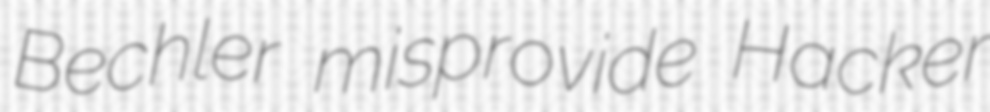
Bechler misprovide Hacker